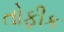
તોફીક